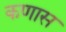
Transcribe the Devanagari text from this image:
कणास